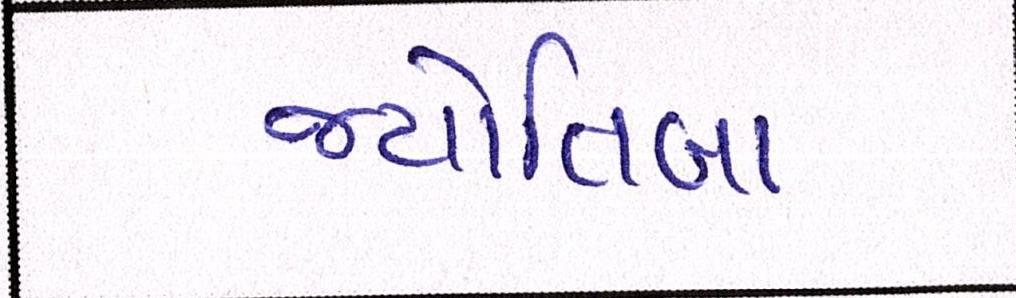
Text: જ્યોતિબા